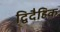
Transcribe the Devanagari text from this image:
द्विदैहिक